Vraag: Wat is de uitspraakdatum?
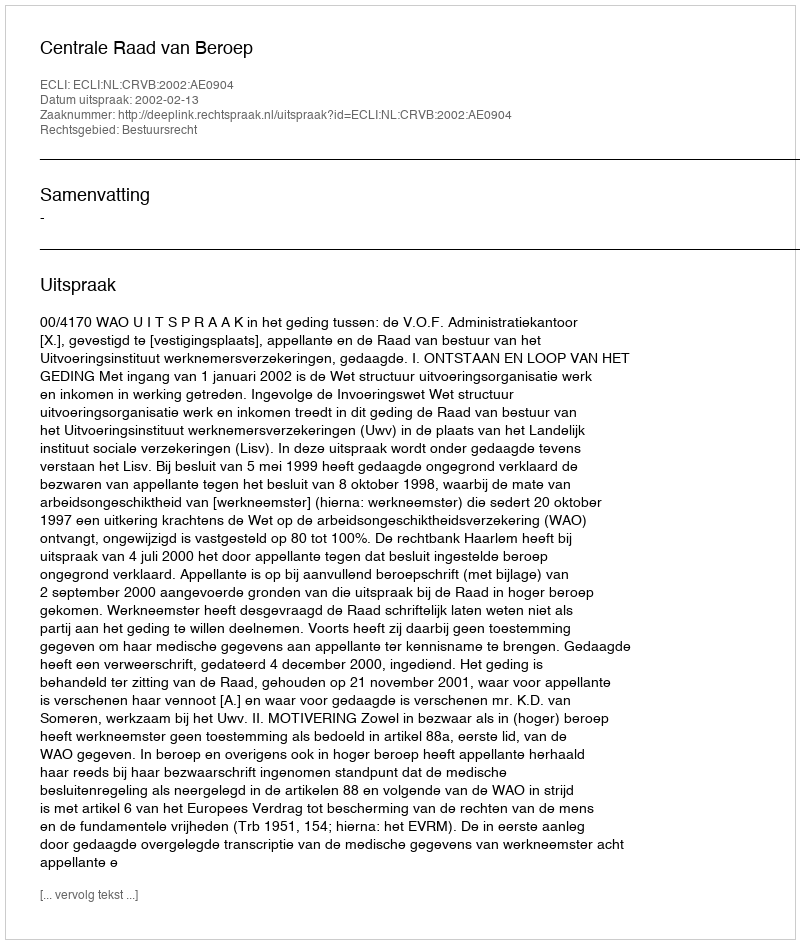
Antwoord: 2002-02-13